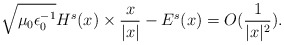
\begin{align*}\sqrt{\mu_0\epsilon_0^{-1}}H^{s}(x)\times \frac{x}{|x|}-E^s(x)=O(\frac{1}{|x|^2}).\end{align*}